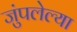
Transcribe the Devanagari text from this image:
जुंपलेल्या